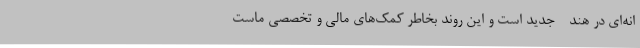
انه‌ای در هند - جدید است و این روند بخاطر کمک‌های مالی و تخصصی ماست